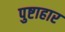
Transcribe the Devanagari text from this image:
पुष्टाहार